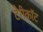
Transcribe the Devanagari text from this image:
टेरीकॉट